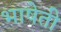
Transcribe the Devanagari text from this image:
भाषेती